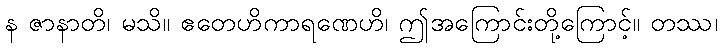
န ဇာနာတိ၊ မသိ။ ဧတေဟိကာရဏေဟိ၊ ဤအကြောင်းတို့ကြောင့်။ တဿ၊